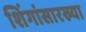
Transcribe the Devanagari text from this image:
शिंगांसारख्या